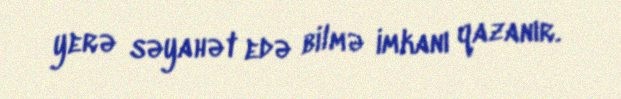
yerə səyahət edə bilmə imkanı qazanır.